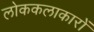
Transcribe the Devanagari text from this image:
लोककलाकारों